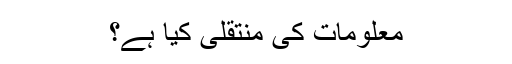
معلومات کی منتقلی کیا ہے؟